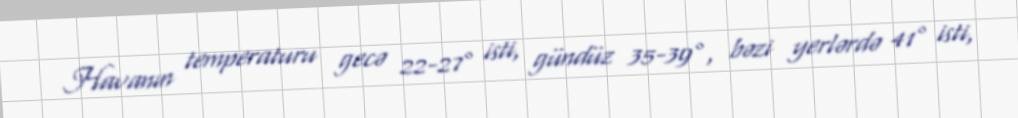
Havanın temperaturu gecə 22-27° isti, gündüz 35-39°, bəzi yerlərdə 41° isti,